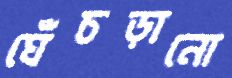
ঘেঁচড়ানো